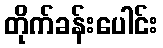
တိုက်ခန်းပေါင်း